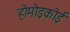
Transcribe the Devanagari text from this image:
होमोइकोई